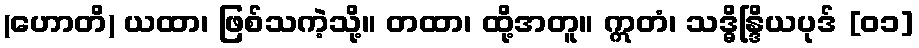
(ဟောတိ) ယထာ၊ ဖြစ်သကဲ့သို့။ တထာ၊ ထို့အတူ။ ဣတံ၊ သဒ္ဓိန္ဒြိယပုဒ် [၀၁]